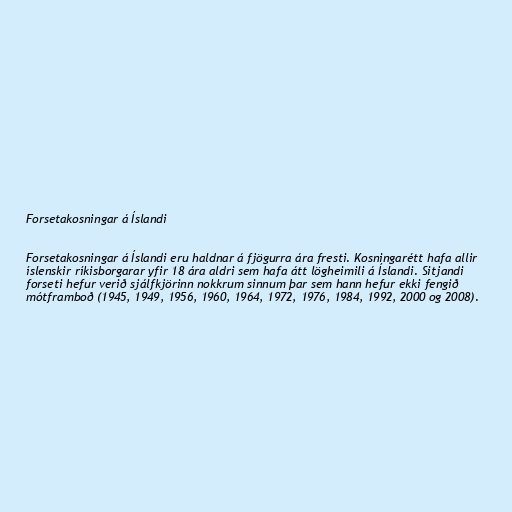
Forsetakosningar á Íslandi

Forsetakosningar á Íslandi eru haldnar á fjögurra ára fresti. Kosningarétt hafa allir
íslenskir ríkisborgarar yfir 18 ára aldri sem hafa átt lögheimili á Íslandi. Sitjandi
forseti hefur verið sjálfkjörinn nokkrum sinnum þar sem hann hefur ekki fengið
mótframboð (1945, 1949, 1956, 1960, 1964, 1972, 1976, 1984, 1992, 2000 og 2008).